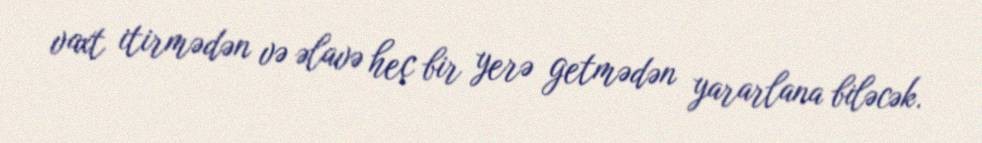
vaxt itirmədən və əlavə heç bir yerə getmədən yararlana biləcək.